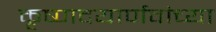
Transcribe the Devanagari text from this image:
कृष्णदयार्णवांच्या